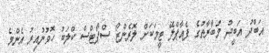
އަބްދު އަބީދު މުބާރާތުގެ ފެއާޕްލޭ ޓީމަކަށް ލޮރެންޒޯ ސްޕޯޓްސް ކްލަބު ހޮވުނުއިރު އެންމެ